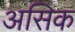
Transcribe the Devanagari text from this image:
असिक